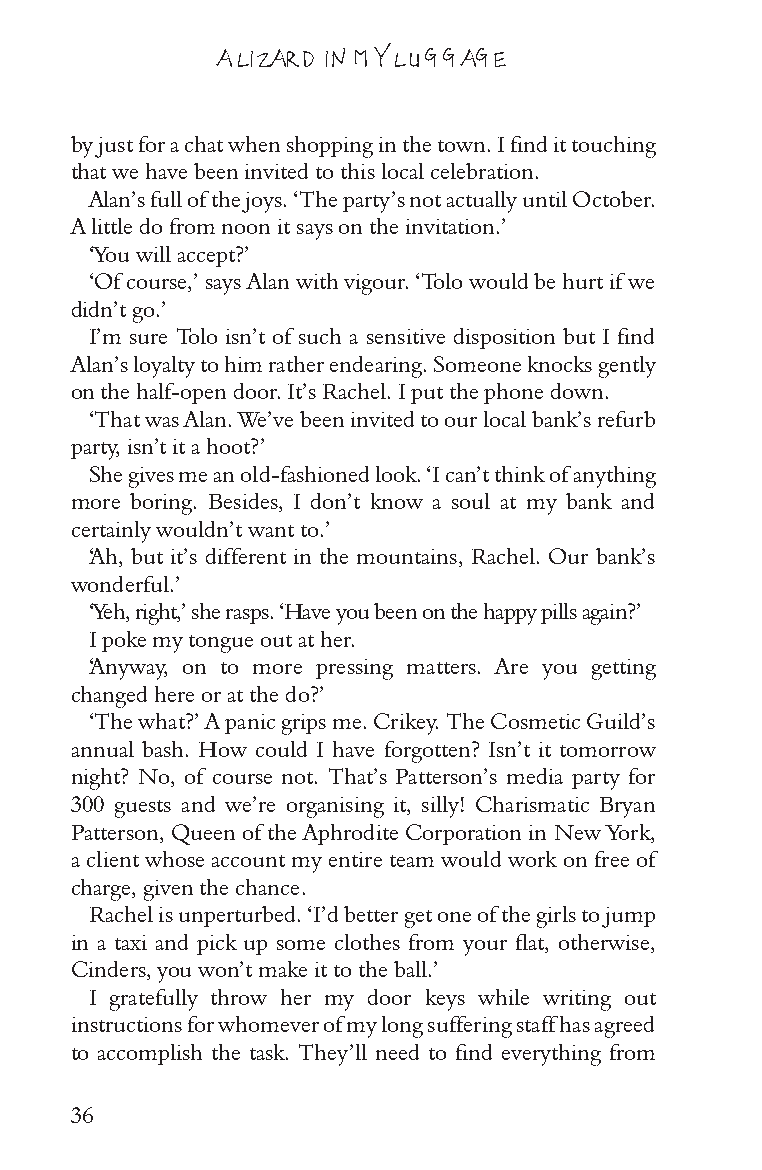
A LIZARD IN MY LUGGAGE
 by just for a chat when shopping in the town. I find it touching
 that we have been invited to this local celebration.
 Alan’s full of the joys. ‘The party’s not actually until October.
 A little do from noon it says on the invitation.’
 ‘You will accept?’
 ‘Of course,’ says Alan with vigour. ‘Tolo would be hurt if we
 didn’t go.’
 I’m sure Tolo isn’t of such a sensitive disposition but I find
 Alan’s loyalty to him rather endearing. Someone knocks gently
 on the half-open door. It’s Rachel. I put the phone down.
 ‘That was Alan. We’ve been invited to our local bank’s refurb
 party, isn’t it a hoot?’
 She gives me an old-fashioned look. ‘I can’t think of anything
 more boring. Besides, I don’t know a soul at my bank and
 certainly wouldn’t want to.’
 ‘Ah, but it’s different in the mountains, Rachel. Our bank’s
 wonderful.’
 ‘Yeh, right,’ she rasps. ‘Have you been on the happy pills again?’
 I poke my tongue out at her.
 ‘Anyway, on to more pressing matters. Are you getting
 changed here or at the do?’
 ‘The what?’ A panic grips me. Crikey. The Cosmetic Guild’s
 annual bash. How could I have forgotten? Isn’t it tomorrow
 night? No, of course not. That’s Patterson’s media party for
 300 guests and we’re organising it, silly! Charismatic Bryan
 Patterson, Queen of the Aphrodite Corporation in New York,
 a client whose account my entire team would work on free of
 charge, given the chance.
 Rachel is unperturbed. ‘I’d better get one of the girls to jump
 in a taxi and pick up some clothes from your flat, otherwise,
 Cinders, you won’t make it to the ball.’
 I gratefully throw her my door keys while writing out
 instructions for whomever of my long suffering staff has agreed
 to accomplish the task. They’ll need to find everything from
 36